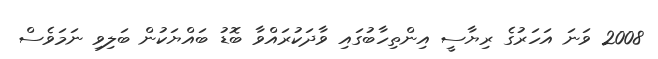
2008 ވަނަ އަހަރުގެ ރިޔާސީ އިންތިހާބުގައި ވާދަކުރައްވާ ބޮޑު ބައްޔަކުން ބަލިވި ނަމަވެސް